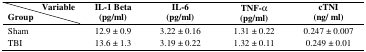
<table><thead><tr><td><b> Variable</b></td><td rowspan="2"><b>IL-1 Beta(pg/ml)</b></td><td rowspan="2"><b>IL-6(pg/ml)</b></td><td rowspan="2"><b>TNF- (pg/ml)</b></td><td rowspan="2"><b>cTNI(ng/ ml)</b></td></tr><tr><td><b>Group</b></td></tr></thead><tbody><tr><td>Sham</td><td>12.9 ± 0.9</td><td>3.22 ± 0.16</td><td>1.31 ± 0.22</td><td>0.247 ± 0.007</td></tr><tr><td>TBI</td><td>13.6 ± 1.3</td><td>3.19 ± 0.22</td><td>1.32 ± 0.11</td><td>0.249 ± 0.01</td></tr></tbody></table>